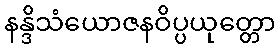
နန္ဒိသံယောဇနဝိပ္ပယုတ္တော